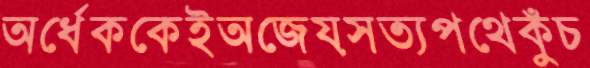
অর্ধেককেইঅজেয়সত্যপথেকুঁচ